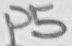
Text: P5